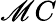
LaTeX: \mathscr{M}C